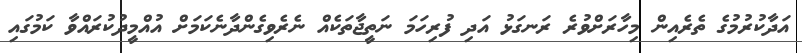
އަދާކުރުމުގެ ތެރެއިން މިހާރަށްވުރެ ރަނގަޅު އަދި ފުރިހަމަ ނަތީޖާތަކެއް ނެރެވިގެންދާނެކަމަށް އުއްމީދުކުރައްވާ ކަމުގައި